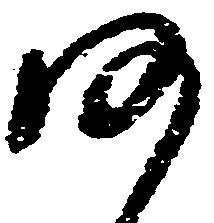
仍